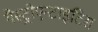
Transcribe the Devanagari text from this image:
गैस्ट्रोएन्टाइटिस